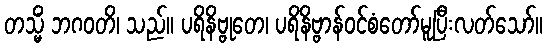
တသ္မိံ ဘဂဝတိ၊ သည်။ ပရိနိဗ္ဗုတေ၊ ပရိနိဗ္ဗာန်ဝင်စံတော်မူပြီးလတ်သော်။